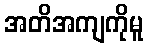
အတိအကျကိုမူ